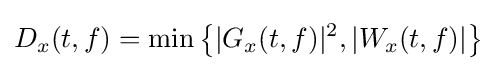
D_{x}(t,f)=\min \left\{|G_{x}(t,f)|^{2},|W_{x}(t,f)|\right\}